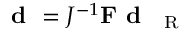
\textbf { d } = J ^ { - 1 } { \bf F } \textbf { d } _ { \mathrm { ~ \tiny ~ R ~ } }